Report on vaccination in the Province of Bengal - 1869-1873
Year: 1869
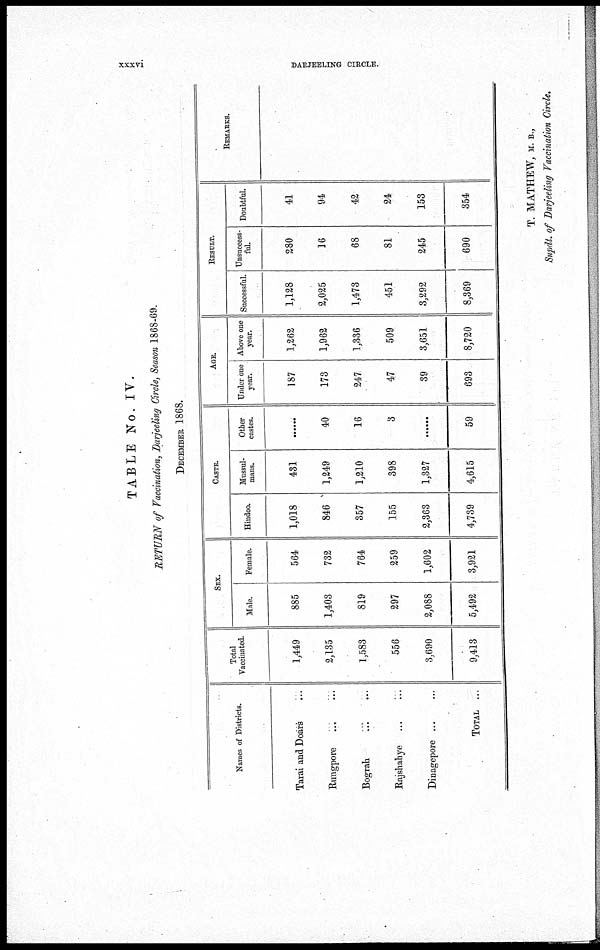
xxxvi
DARJEELING CIRCLE.
TABLE No. IV.
RETURN of Vaccitiation, Darjeeling Circle, Season 1868-69.
DECEMBER 1868.
Names of Districts.
Tarai and Doars ...
Rungpore ... ...
Bograh
...
...
Kajshahye ...
...
Dinagepore ... ...
TOTAL ...
Total
Vaccinated.
1,449
2,135
1,583
556
3,690
9,413
SEX.
Male.
885
1,403
819
297
2,088
5,492
Female.
564
732
764
259
1,602
3,921
CASTE.
Hindoo.
1,018
846
357
155
2,363
4,739
Mussul-
mans.
431
1,249
1,210
398
1,327
4,615
Other
castes.
40
16
3
59
AGE.
Under one
year.
187
173
247
47
39
693
Above one
year.
1,262
1,962
1,336
509
3,651
8,720
RESULT.
Successful.
1,128
2,025
1,473
451
3,292
8,369
Unsuccess-
ful
280
16
68
81
245
690
Doubtful.
41
94
42
24
153
854
REMARKS.
T. MATHEW, M. B.,
Supdt. of Darjeeling Vaccination Circle.